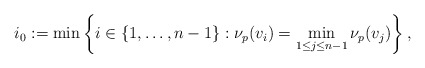
\begin{align*}i_0:=\min\left\{i\in\{1,\ldots,n-1\}:\nu_p(v_i) =\min_{1\leq j\leq n-1} \nu_p(v_j)\right\},\end{align*}